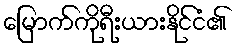
မြောက်ကိုရီးယားနိုင်ငံ၏